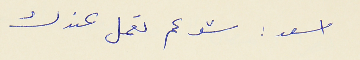
اسعد : شو عم تعمل عندك